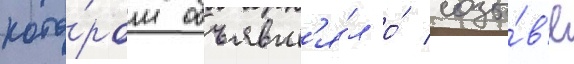
кото́ром объявл'я́л о́ созы́в'е